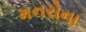
મનરોના